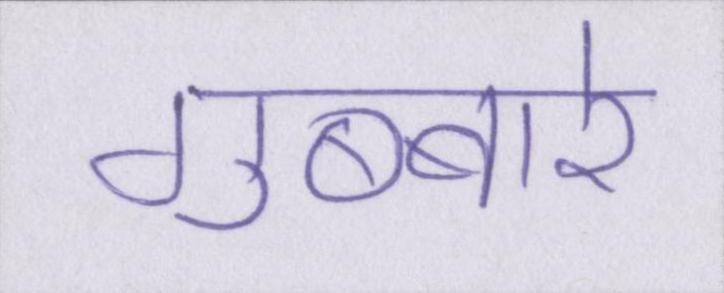
गुब्बारे